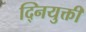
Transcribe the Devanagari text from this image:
द्नियुक्ती